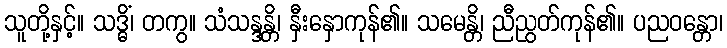
သူတို့နှင့်။ သဒ္ဓိံ၊ တကွ။ သံသန္ဒန္တိ၊ နှီးနှောကုန်၏။ သမေန္တိ၊ ညီညွတ်ကုန်၏။ ပညဝန္တော၊